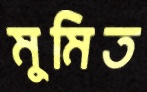
মুমিত